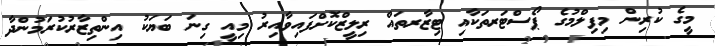
މީގެ ކުރިން މިފިލްމުގެ ޕޯސްޓަރތަކާއި ޓިޒާރތައް ރިލީޒްކޮށްފައިވާއިރު މިއީ ގިނަ ބަޔަކު އިންތިޒާރުކުރަމުންދާ